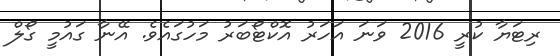
ރިޓަޔާ ކުރީ 2016 ވަނަ އަހަރު އޮކްޓޯބަރު މަހުގައެވެ. އޭނާ ގައުމީ ގޯލް